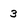
Character: 3